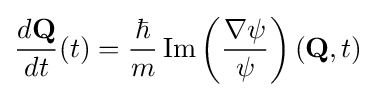
{\frac {d\mathbf {Q} }{dt}}(t)={\frac {\hbar }{m}}\operatorname {Im} \left({\frac {\nabla \psi }{\psi }}\right)(\mathbf {Q} ,t)